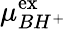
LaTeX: \mu_{BH^{+}}^{\mathrm{{ex}}}